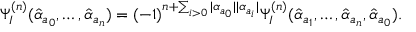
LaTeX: \Psi _ { I } ^ { ( n ) } ( \hat { \alpha } _ { a _ { 0 } } , \ldots , \hat { \alpha } _ { a _ { n } } ) = ( - 1 ) ^ { n + \sum _ { i > 0 } | \alpha _ { a _ { 0 } } | | \alpha _ { a _ { i } } | } \Psi _ { I } ^ { ( n ) } ( \hat { \alpha } _ { a _ { 1 } } , \ldots , \hat { \alpha } _ { a _ { n } } , \hat { \alpha } _ { a _ { 0 } } ) .